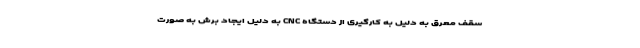
سقف معرق به دلیل به کارگیری از دستگاه CNC به دلیل ایجاد برش به صورت